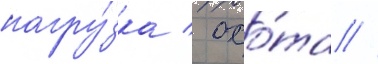
нагру́зка / охо́та //